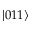
\left| 0 1 1 \right>